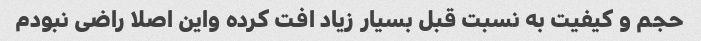
حجم و کیفیت به نسبت قبل بسیار زیاد افت کرده واین اصلا راضی نبودم